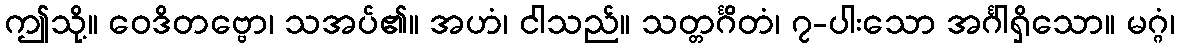
ဤသို့။ ဝေဒိတဗ္ဗော၊ သအပ်၏။ အဟံ၊ ငါသည်။ သတ္တင်္ဂိတံ၊ ၇-ပါးသော အင်္ဂါရှိသော။ မဂ္ဂံ၊